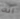
انه